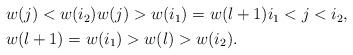
LaTeX: \begin{align*}\begin{aligned} &w(j)<w(i_2)w(j)>w(i_1)=w(l+1)i_1<j<i_2,\\ &w(l+1)=w(i_1)>w(l)>w(i_2).\end{aligned}\end{align*}